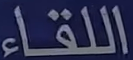
اللقاء